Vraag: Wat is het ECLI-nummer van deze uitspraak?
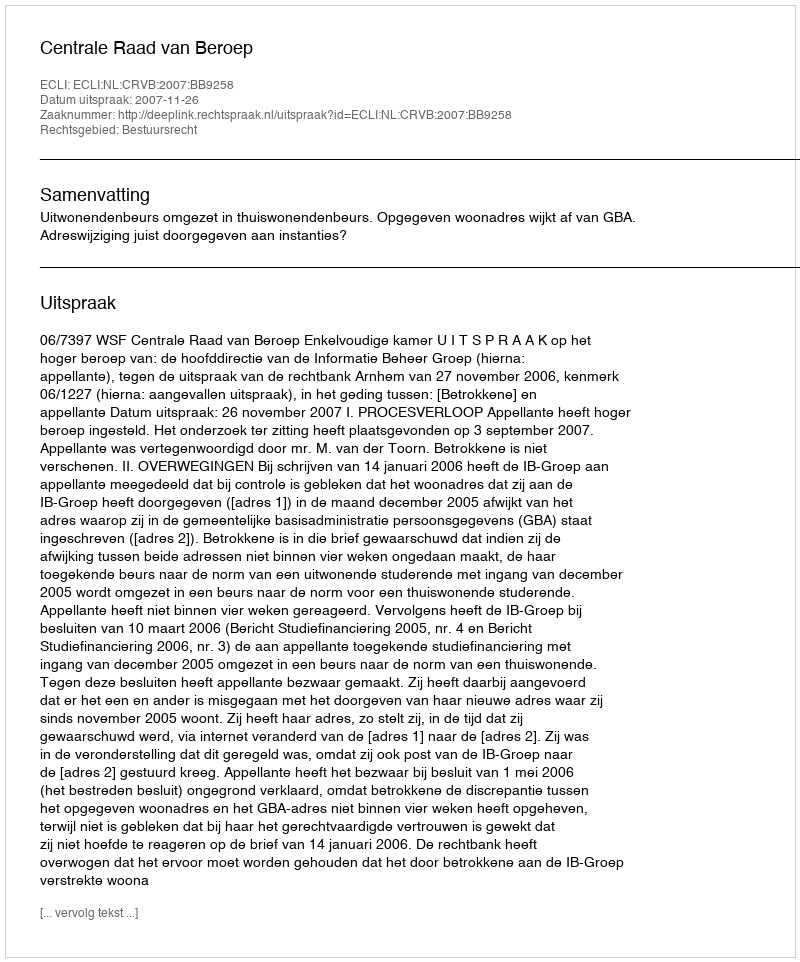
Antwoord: ECLI:NL:CRVB:2007:BB9258